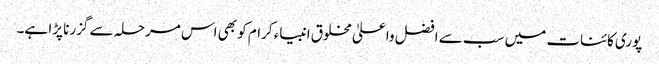
پوری کائنات میں سب سے افضل واعلیٰ مخلوق انبیاء کرام کو بھی اس مرحلہ سے گزرنا پڑا ہے۔